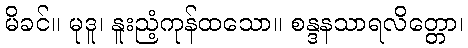
မိခင်။ မုဒူ၊ နူးညံ့ကုန်ထသော။ စန္ဒနသာရလိတ္တော၊